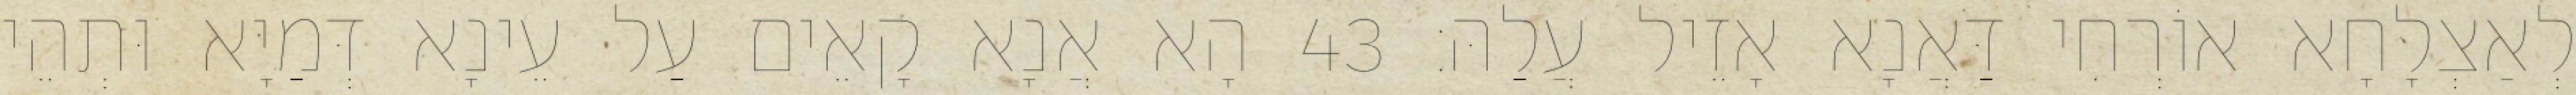
לְאַצְלָחָא אוֹרְחִי דַּאֲנָא אָזֵיל עֲלַהּ׃ 43 הָא אֲנָא קָאֵים עַל עֵינָא דְּמַיָּא וּתְהֵי